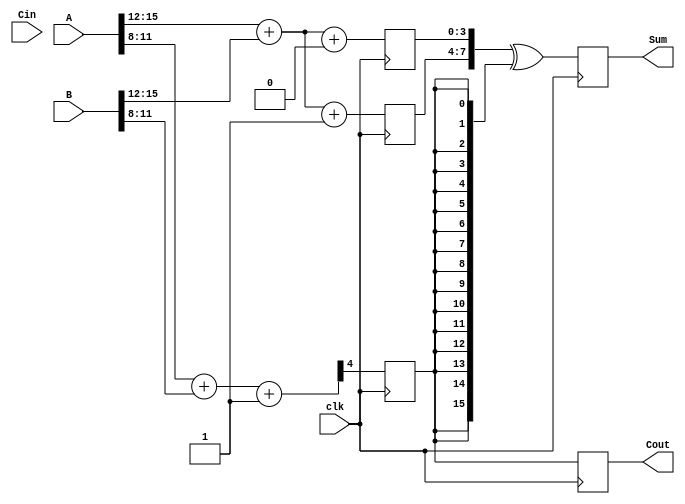
module PipelinedCarrySelectAdder #(
    parameter N = 16,  // total bit-width of A and B
    parameter M = 4    // bit-width of each stage
)(
    input clk,
    input [N-1:0] A,
    input [N-1:0] B,
    input Cin,
    output reg [N-1:0] Sum,
    output reg Cout
);
    localparam STAGES = N / M; // number of stages

    // Internal wires for sums and carries
    wire [M-1:0] S0 [0:STAGES-1]; // Sum when Cin = 0
    wire [M-1:0] S1 [0:STAGES-1]; // Sum when Cin = 1
    wire C0 [0:STAGES-1];  // Carry out when Cin = 0
    wire C1 [0:STAGES-1];  // Carry out when Cin = 1
    wire [STAGES-1:0] carry_in;

    // Pipeline registers
    reg [M-1:0] S0_reg [0:STAGES-1];
    reg [M-1:0] S1_reg [0:STAGES-1];
    reg C0_reg [0:STAGES-1];
    reg C1_reg [0:STAGES-1];

    // Generate each stage
    genvar i;
    generate
        for (i = 0; i < STAGES; i = i + 1) begin : stage
            // Compute S0 and S1 using 4-bit adders
            wire [M-1:0] A_slice = A[(i*M) +: M];
            wire [M-1:0] B_slice = B[(i*M) +: M];
            wire Cin_stage = (i == 0) ? Cin : carry_in[i-1];

            assign {C0[i], S0[i]} = A_slice + B_slice + 0;          // C0 for Cin = 0
            assign {C1[i], S1[i]} = A_slice + B_slice + 1;          // C1 for Cin = 1
            
            // Pipeline register stage
            always @(posedge clk) begin
                S0_reg[i] <= S0[i];
                S1_reg[i] <= S1[i];
                C0_reg[i] <= C0[i];
                C1_reg[i] <= C1[i];
            end
            
            // Connect carry in for next stage
            assign carry_in[i] = (i == 0) ? Cin : C1_reg[i-1];
        end
    endgenerate

    // Final stage computation
    always @(posedge clk) begin
        // The last stage sum and carry out
        Sum <= {S1_reg[STAGES-1], S0_reg[STAGES-1]} ^ {N{carry_in[STAGES-1]}}; // Select sum based on carry_in
        Cout <= carry_in[STAGES-1];
    end

endmodule